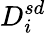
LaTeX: D_{i}^{sd}